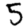
Digit: 5